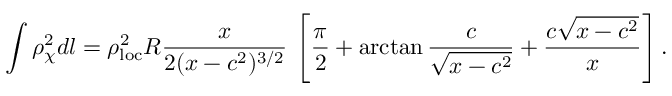
\int \rho _ { \chi } ^ { 2 } d l = \rho _ { \mathrm { l o c } } ^ { 2 } R \frac { x } { 2 ( x - c ^ { 2 } ) ^ { 3 / 2 } } \, \left[ \frac { \pi } { 2 } + \arctan \frac { c } { \sqrt { x - c ^ { 2 } } } + \frac { c \sqrt { x - c ^ { 2 } } } { x } \right] .